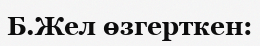
Б.Жел өзгерткен: